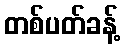
တစ်ပတ်ခန့်